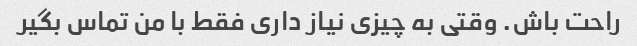
راحت باش. وقتی به چیزی نیاز داری فقط با من تماس بگیر